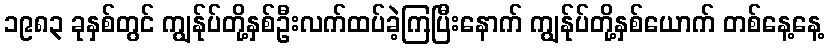
၁၉၈၃ ခုနှစ်တွင် ကျွန်ုပ်တို့နှစ်ဦးလက်ထပ်ခဲ့ကြပြီးနောက် ကျွန်ုပ်တို့နှစ်ယောက် တစ်နေ့နေ့